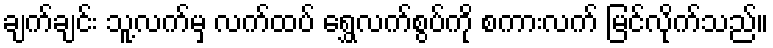
ချက်ချင်း သူ့လက်မှ လက်ထပ် ရွှေလက်စွပ်ကို စကားလက် မြင်လိုက်သည်။